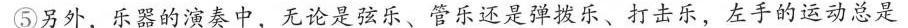
⑤另外，乐器的演奏中，无论是弦乐、管乐还是弹拨乐、打击乐，左手的运动总是